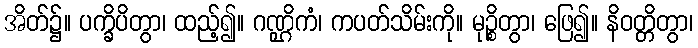
အိတ်၌။ ပက္ခိပိတွာ၊ ထည့်၍။ ဂဏ္ဌိကံ၊ ကပတ်သိမ်းကို။ မုဉ္စိတွာ၊ ဖြေ၍။ နိဝတ္တိတွာ၊